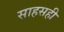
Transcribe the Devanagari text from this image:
साहसही